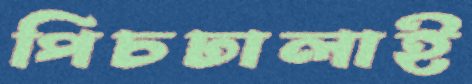
পিচঢালাই